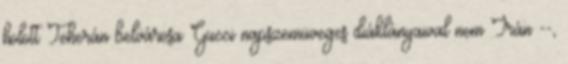
holott Teherán belvárosa Gucci napszemüveges diáklányaival nem Irán --,